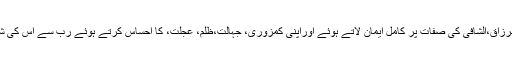
خالق کی القوی،القادر،الرزاق،الشافی کی صفات پر کامل ایمان لاتے ہوئے اوراپنی کمزوری، جہالت،ظلم، عجلت، کا احساس کرتے ہوئے رب سے اس کی شان کے مطابق مانگیں۔